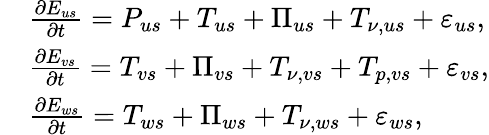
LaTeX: \begin{array}{rl}&{\frac{\partial E_{us}}{\partial t}={P}_{us}+T_{us}+\Pi_{us}+T_{\nu,us}+\varepsilon_{us},}\\ &{\frac{\partial E_{vs}}{\partial t}=T_{vs}+\Pi_{vs}+T_{\nu,vs}+T_{p,vs}+\varepsilon_{vs},}\\ &{\frac{\partial E_{ws}}{\partial t}=T_{ws}+\Pi_{ws}+T_{\nu,ws}+\varepsilon_{ws},}\end{array}